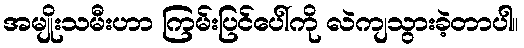
အမျိုးသမီးဟာ ကြမ်းပြင်ပေါ်ကို လဲကျသွားခဲ့တာပါ။